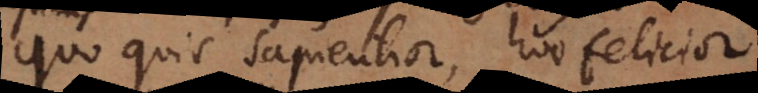
lix quis sapientior, hoc felicior